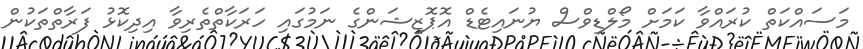
މަސައްކަތް ކުރައްވާ ކަމަށް މޯލްޑިވްސް ޔުނައިޓެޑް އޮޕޮޒިޝަންގެ ނަމުގައި ހަރަކާތްތެރިވާ އިދިކޮޅު ފަރާތްތަކުން